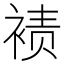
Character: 𫌀